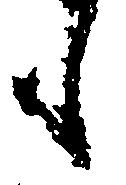
も